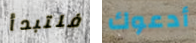
فلتبدأ أدعوك